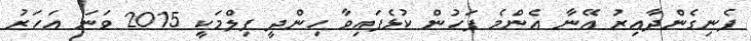
ފެނިގެންދާއިރު އޭނާ އެންމެ ފަހުން ކުޅެފައިވާ ހިންދީ ފިލްމަކީ 2015 ވަނަ އަހަރު